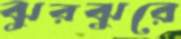
ঝুরঝুরে